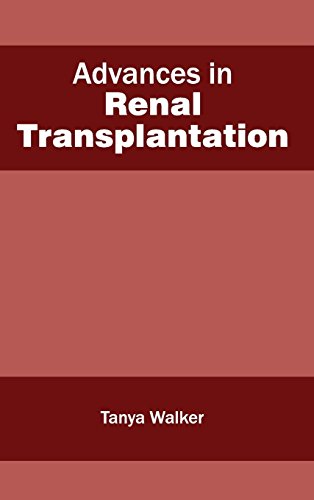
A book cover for Advances in Renal Transplantation; Health, Fitness & Dieting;